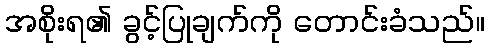
အစိုးရ၏ ခွင့်ပြုချက်ကို တောင်းခံသည်။